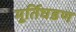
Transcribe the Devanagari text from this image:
मूर्तिघडण